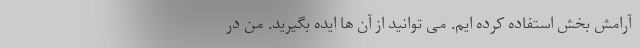
آرامش بخش استفاده کرده ایم. می توانید از آن ها ایده بگیرید. من در